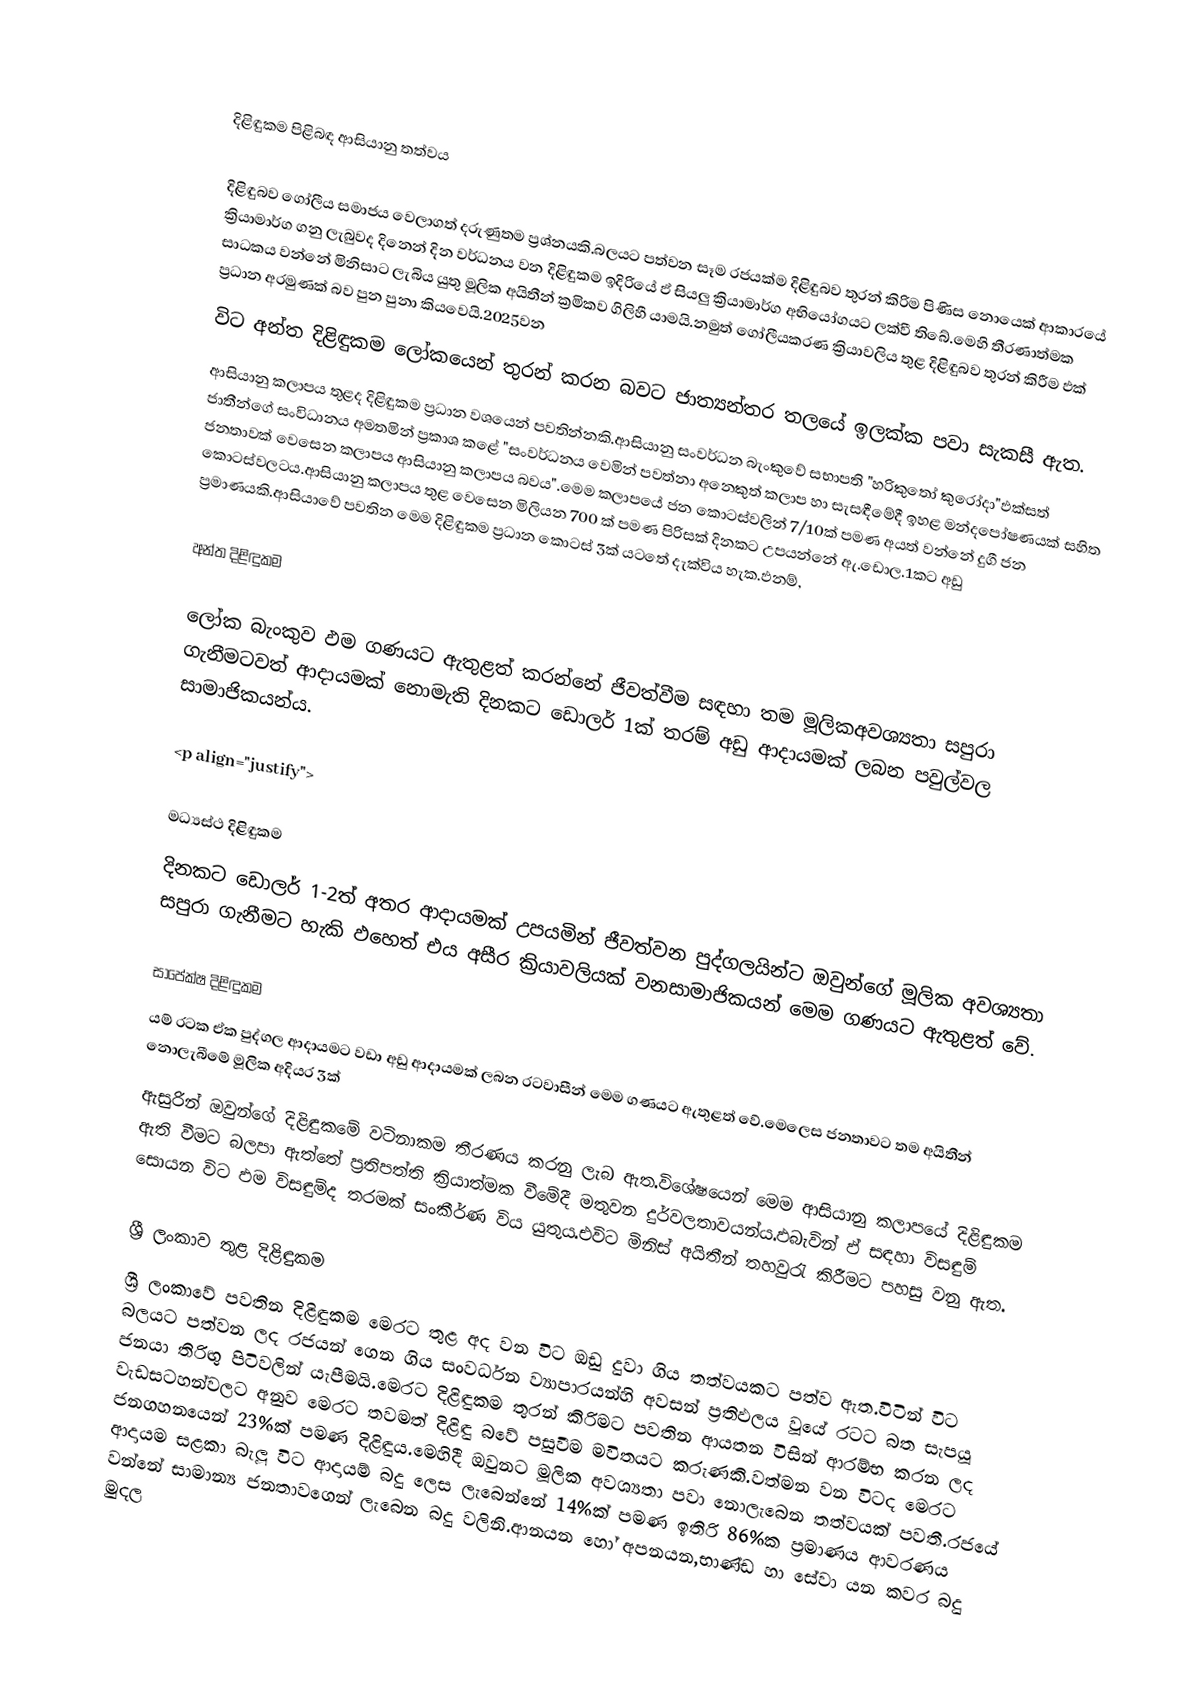

දිළිඳුකම පිළිබඳ  ආසියානු තත්වය

දිළිඳුබව ගෝලීය සමාජය වෙලාගත් දරුණුතම ප්‍රශ්නයකි.බලයට පත්වන සෑම රජයක්ම දිළිඳුබව තුරන් කිරිම පිණිස නොයෙක් ආකාරයේ ක්‍රියාමාර්ග ගනු ලැබුවද දිනෙන් දින වර්ධනය වන දිළිඳුකම ඉදිරියේ ඵ් සියලු ක්‍රියාමාර්ග අභියෝගයට ලක්වී තිබේ.මෙහි තීරණාත්මක සාධකය වන්නේ මිනිසාට ලැබිය යුතු මූලික අයිතීන් ක්‍රමිකව ගිලිහී යාමයි.නමුත් ගෝලීයකරණ ක්‍රියාවලිය තුළ දිළිඳුබව තුරන් කිරීම ඵක් ප්‍රධාන අරමුණක් බව පුන පුනා කියවෙයි.2025වන
විට අන්ත දිළිඳුකම ලෝකයෙන් තුරන් කරන බවට ජාත්‍යන්තර තලයේ ඉලක්ක පවා සැකසී ඇත.
ආසියානු කලාපය තුළද දිළිඳුකම ප්‍රධාන වශයෙන් පවතින්නකි.ආසියානු සංවර්ධන බැංකු‍‍වේ සභාපති "හරිකුතෝ කුරෝදා"ඵක්සත් ජාතීන්ගේ සංවිධානය අමතමින් ප්‍රකාශ කළේ "සංවර්ධනය වෙමින් පවත්නා අනෙකුත් කලාප හා සැසඳීමේදී ඉහළ මන්දපෝෂණයක් සහිත ජනතාවක් වෙසෙන කලාපය ආසියානු කලාපය බවය".මෙම කලාපයේ ජන කොටස්වලින් ‍7/10ක් පමණ අයත් වන්නේ දුගී ජන කොටස්වලටය.ආසියානු කලාපය තුළ වෙසෙන මිලියන 700 ක් පමණ පිරිසක් දිනකට උපයන්නේ ඇ.ඩොල.1කට අඩු ප්‍රමාණයකි.ආසියාවේ පවතින මෙම  දිළිඳුකම ප්‍රධාන කොටස් 3ක් යටතේ දැක්විය හැක.ඵනම්,

අන්ත දිළිඳුකම

ලෝක බැංකුව ඵම ගණයට ඇතුළත් කරන්නේ ජීවත්වීම සඳහා තම මූලිකඅවශ්‍යතා සපුරා ගැනීමටවත් ආදායමක් නොමැති දිනකට ඩොලර් 1ක් තරම් අඩු ආදායමක් ලබන පවුල්වල සාමාජිකයන්ය.

<p align="justify">

මධ්‍යස්ථ දිළිඳුකම
දිනකට ඩොලර් 1-2ත් අතර ආදායමක් උපයමින් ජීවත්වන පුද්ගලයින්ට ඔවුන්ගේ මූලික අවශ්‍යතා සපුරා ගැනීමට හැකි ඵහෙත් එය අසීර ක්‍රියාවලියක් වනසාමාජිකයන් මෙම ගණයට ඇතුළත් වේ.‍

සාපේක්ෂ දිළිඳුකම
යම් ර‍ටක ඒක පුද්ගල ආදායමට වඩා අඩු ආදායමක් ලබන රටවාසීන් මෙම ගණයට ඇතුළත් වේ.‍මෙලෙස ජනතාවට තම අයිතීන් නොලැබීමේ මූලික අදියර 3ක්
ඇසුරින් ඔවුන්ගේ දිළිඳුකමේ වටිනාකම තීරණය කරනු ලැබ ඇත.විශේෂයෙන් මෙම ආසියානු කලාපයේ දිළිඳුකම ඇති වීමට බලපා ඇත්තේ ප්‍රතිපත්ති ක්‍රියාත්මක වීමේදී මතුවන දුර්වලතාවයන්ය.ඵබැවින් ඵ් සඳහා විසඳුම් සොයන විට  ඵම විසඳුම්ද තරමක් සංකීර්ණ විය යුතුය.එවිට මිනිස් අයිතීන් තහවුරැ කිරීමට පහසු වනු ඇත.

ශ්‍රී ලංකාව තුළ දිළිඳුකම
ශ්‍රී ලංකාවේ පවතින දිළිඳුකම මෙරට තුළ අද වන විට ඔඩු දුවා ගිය තත්වයකට පත්ව ඇත.විටින් විට බලයට පත්වන ලද රජයන් ගෙන ගිය සංවර්ධන ව්‍යාපාරයන්හි අවසන් ප්‍රතිඵලය වූයේ රටට බත සැපයූ ජනයා තිරිඟු පිටිවලින් යැපීමයි.මෙරට දිළිඳුකම තුරන් කිරිමට පවතින ආයතන විසින් ආරම්භ කරන ලද වැඩසටහන්වලට අනුව මෙරට තවමත් දිළිඳු බවේ පසුවීම මවිතයට කරුණකි.වත්මන වන විටද මෙරට  ජනගහනයෙන් 23%ක් පමණ දිළිඳුය.මෙහිදී ඔවුනට මූලික අවශ්‍යතා පවා නොලැබෙන තත්වයක් පවතී.රජයේ ආදායම සළකා බැලූ විට ආදායම් බදු ලෙස ලැබෙන්නේ 14%ක් පමණ ඉතිරි 86%ක ප්‍රමාණය ආවරණය වන්නේ සාමාන්‍ය ජනතාව‍ගෙන් ලැබෙන බදු වලිනි.ආනයන හෝ අපනයන,භාණ්ඩ හා සේවා යන කවර බදු මුදල